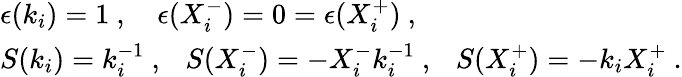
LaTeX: \begin{array}{l}{{\epsilon(k_{i})=1~,~~~~\epsilon(X_{i}^{-})=0=\epsilon(X_{i}^{+})~,}}\\ {{S(k_{i})=k_{i}^{-1}~,~~~S(X_{i}^{-})=-X_{i}^{-}k_{i}^{-1}~,~~~S(X_{i}^{+})=-k_{i}X_{i}^{+}~.}}\end{array}